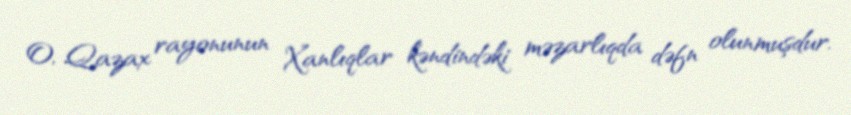
O, Qazax rayonunun Xanlıqlar kəndindəki məzarlıqda dəfn olunmuşdur.